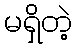
မရှိတဲ့